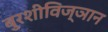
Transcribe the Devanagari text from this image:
बुरशीविज्ञान